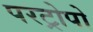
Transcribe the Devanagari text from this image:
परट्रोपो